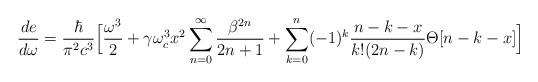
LaTeX: \begin{align*}\frac{de}{d\omega}=\frac{\hbar}{\pi ^{2}c^{3}}\Big[\frac{\omega ^{3}}{2}+\gamma \omega _{c}^{3}x^{2}\sum _{n=0}^{\infty}\frac{\beta ^{2n}}{2n+1}+\sum _{k=0}^{n}(-1)^{k}\frac{n-k-x}{k!(2n-k)}\Theta [n-k-x]\Big]\end{align*}